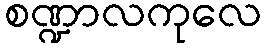
စဏ္ဍာလကုလေ